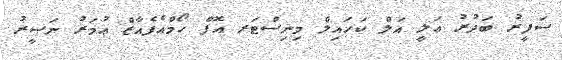
ސަފީރު ބަދުރު ޢަލީ އަލް ކަހައިލް މިނިސްޓަރ އޮފް ހޯމްއެފެއާޒް ޢުމަރު ނަޞީރު